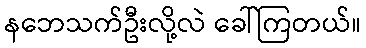
နဘေသက်ဦးလို့လဲ ခေါ်ကြတယ်။